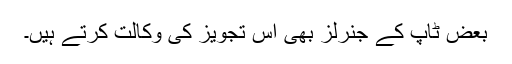
بعض ٹاپ کے جنرلز بھی اس تجویز کی وکالت کرتے ہیں۔